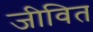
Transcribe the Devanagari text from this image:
जीवित